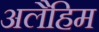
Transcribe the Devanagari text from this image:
अलैहिम